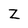
Character: Z